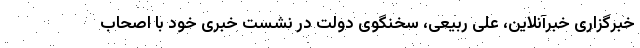
خبرگزاری خبرآنلاین، علی ربیعی، سخنگوی دولت در نشست خبری خود با اصحاب